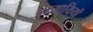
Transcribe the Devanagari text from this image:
अध्यायियों